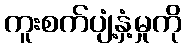
ကူးစက်ပျံ့နှံ့မှုကို